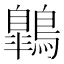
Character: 鷱